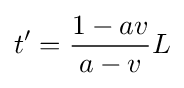
t'={\frac {1-av}{a-v}}L